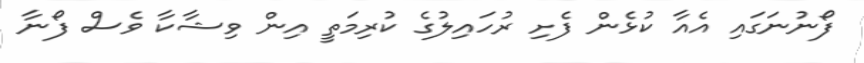
ފޯނުނަގައި އެއާ ކުޅެން ފެށި ރުހައިލުގެ ކުރިމަތީ އިން ވިޝާކާ ވެސް ފޯނާ